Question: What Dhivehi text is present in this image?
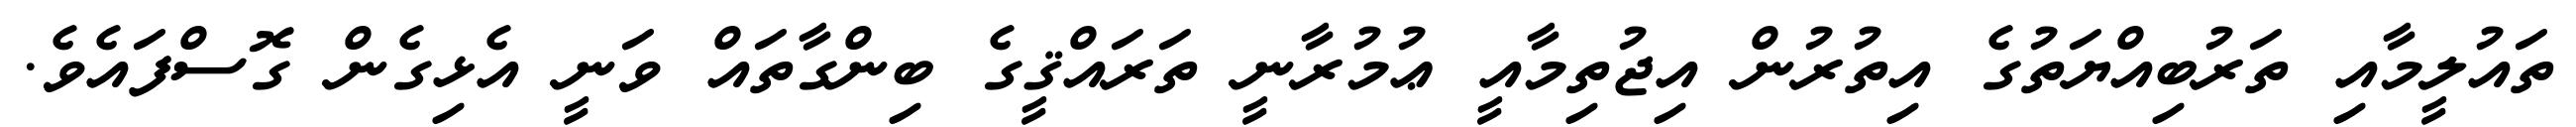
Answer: ތައުލީމާއި ތަރުބިއްޔަތުގެ އިތުރުން އިޖުތިމާއީ ޢުމުރާނީ ތަރައްޤީގެ ބިންގާތައް ވަނީ އެޅިގެން ގޮސްފައެވެ.